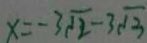
x = - 3 \sqrt { 2 } - 3 \sqrt { 3 }